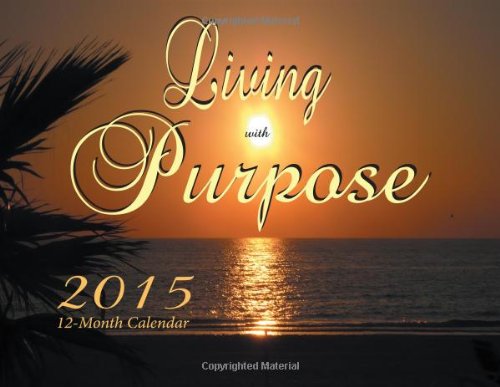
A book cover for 2015 Calendar: Living with Purpose; Kathleen Schubitz; Calendars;